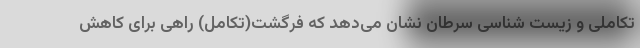
تکاملی و زیست شناسی سرطان نشان می‌دهد که فرگشت(تکامل) راهی برای کاهش